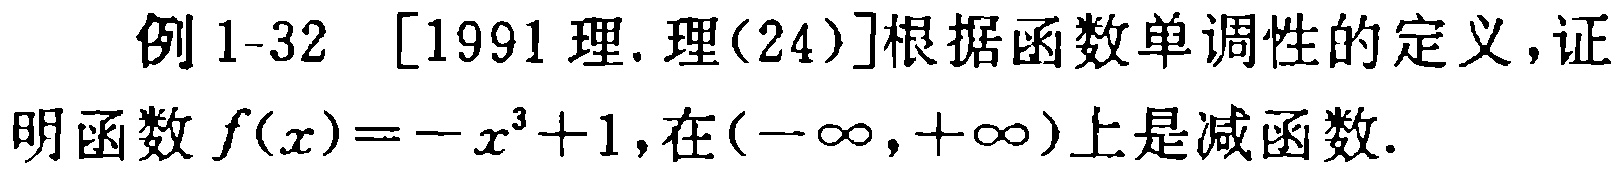
例 1-32 [1991 理.理(24)]根据函数单调性的定义，证明函数 \(f(x)=-x^{3}+1\)，在\((-\infty,+\infty)\)上是减函数.